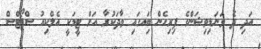
އަދި ދެ ވަނަޑިވިޝަންގެ ފިރިހެން ބަިއގައި ވާދަކުރާ އަށް ޓީމަކީ އެލްކިއު ސްޕޯޓްސް